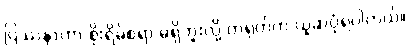
ပြဿနာဟာ စိုးရိမ်စရာ မရှိဘူးလို့ တရုတ်က ယူဆပုံရပါတယ်။